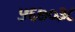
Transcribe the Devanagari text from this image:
५६७०३८